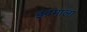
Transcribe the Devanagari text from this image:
इंद्रमाला